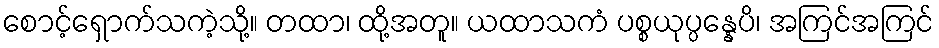
စောင့်ရှောက်သကဲ့သို့။ တထာ၊ ထို့အတူ။ ယထာသကံ ပစ္စယုပ္ပန္နေပိ၊ အကြင်အကြင်